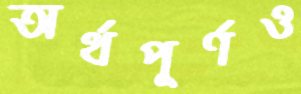
অর্থপূর্ণও